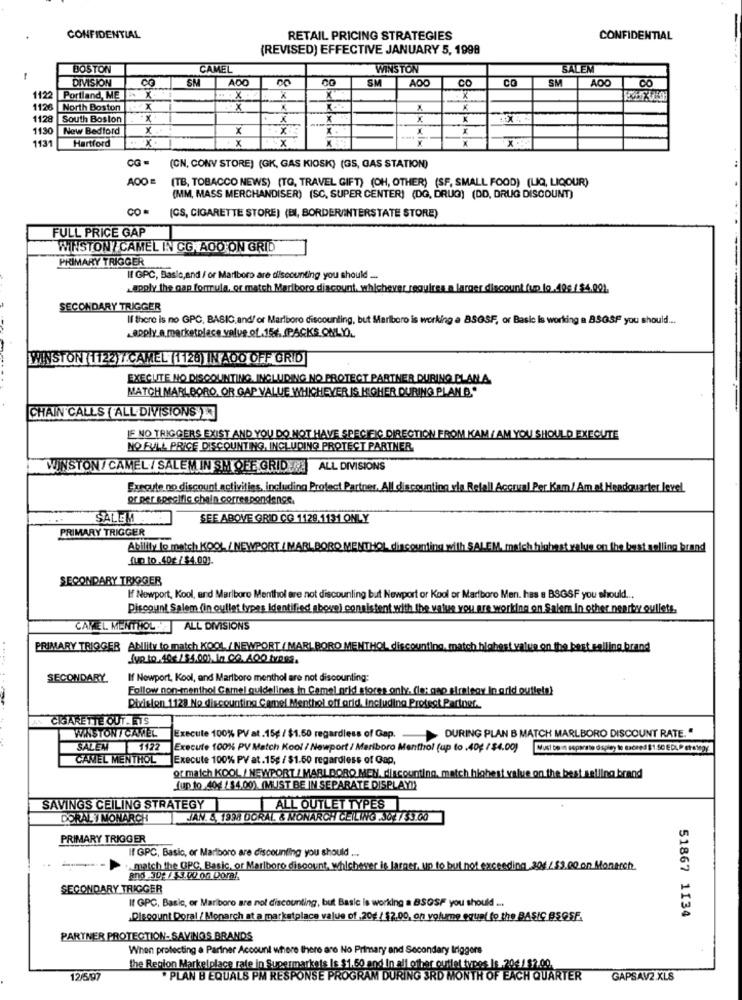
CONFIDENTIAL
RETAIL PRICING STRATEGIES
CONFIDENTIAL
(REVISED) EFFECTIVE JANUARY 5, 1998
BOSTON
CAMEL
WINSTON
SALEM
-
DIVISION
SM
ADO
SM
AOO
CO
SM
AOO
CO
CO
1122
Portland, ME
X
X
1126 North Boston
x
X
X
1128 South Boston
X
K
113
New Bedford
X .
x
1131
Hartford
..
x.
x
x
X
X
OG-
(CN, CONV STORE) (GK, GAS KIOSK) (GS, GAS STATION)
(TB, TOBACCO NEWS) (TO, TRAVEL GIFT) (OH, OTHER) (SF, SMALL FOOD) (LIQ, LIQOUR)
(MM, MASS MERCHANDISER) (SC, SUPER CENTER) (DG, DRUG) (DD, DRUG DISCOUNT)
CO
(CS, CIGARETTE STORE) (BI, BORDER/INTERSTATE STORE)
FULL PRICE GAP
WINSTON / CAMEL IN CG.AOO ON GRID
PRIMARY TRIGGER
II GPC, Basic,and / or Marlboro are discounting you should __.
apply the gap formula, or match Marlboro discount, whichever requires a larger discount (up to.410s / $4.001.
SECONDARY TRIGGER
If there is no GPC, BASIC, and/ or Marlboro discounting, but Marlboro is working a BSGSF, or Basic Is working a 85GSF you should ...
.apply a marketplace valve.of.154. (PACKS.ONLY).
WINSTON (1122)7.CAMEL (1128) IN AOO OFF GRID
EXECUTE NO DISCOUNTING INCLUDING NO PROTECT PARTNER DURING BLANA.
MATCH MARLBORO. OR GAP VALUE WHICHEVER IS HIGHER DURING PLAN D."
CHAIN CALLS ( ALL DIVISIONS )
LE NO TRIGGERS EXIST AND YOU DO NOT HAVE SPECIFIC DIRECTION FROM KAM /AM YOU SHOULD EXECUTE
NO FULL PRICE DISCOUNTING, INCLUDING PROTECT PARTNER.
WINSTON / CAMEL / SALEMIN SH OFF GRID . ALL DIVISIONS
Execute no discount activities, including Protect Partner. All discounting vla Refall Accrual Per Kam/ Am af Headquarter level.
or per specific chain correspondence
SALEM
SEE ABOVE GRID CG 1129.1131 ONLY
PRIMARY TRIGGER
Ability to match KOOL / NEWPORT / MARLBORO MENTHOL cinco
Ive on the best selling brand
fun to.40€ / $4.00).
SECONDARY TRIGGER
If Newport, Kool, and Marlboro Menthol are not discounling but Newport or Kool or Marlboro Men. has a BSGSF you should ...
Discount Salem (in outlet types Identified above) consistent with the value you are working on Salem In other nearty oullets,
CANEL MENTHOL ALL DIVISIONS
PRIMARY TRIGGER Ablity to match KOOL, / NEWPORT / MARLBORO MENTHOL discounting, match hlabest value on the best selling brand
fyn to. 40 1/4.00). I. CO. 400 types.
4 .
SECONDARY.
If Newport, Kool, and Marlboro menthol are not discounting:
Follow non-menthol Camel guidelines in Camel grid stores only. dle: gap strategy In grid outlets)
Division 1129 No discounting Camel Menthol off grid, Including Protect Partner ..
CIGARETTE OUT. ETS
DURING PLAN B MATCH MARLBORO DISCOUNT RATE. "
WINSTON / CAMEL Execute 100% PV at. 15g / $1.50 regardless of Gap.
SALEN 1122
Execute 100% PV Match Kool / Newport / Meriboro Menthol (up to .40€ / $4.00)
CANEL MENTHOL
Execute 100% PV at.15g / $1.50 regardless of Gap,
or match KOOL / NEWPORT / MARLBORO MEN, discounting, match highest value on the best selling brand
fup to 40g / $4.00). (MUST BE IN SEPARATE DISPLAY !!
SAVINGS CEILING STRATEGY
ALL OUTLET TYPES
DORAL I MONARCH
JAN. 5, 1998 DORAL & MONARCH CEILING.JO./$3.00
PRIMARY TRIGGER
If GPC, Basic, or Marlboro are discounting you should ...
match the GPC, Basic, or Marlboro discount, whichever is larger, up to but not exceeding.30€ / $3.00 on Monarch.
and 30€ /$3.00 on Doral.
SECONDARY TRIGGER
If GPC, Basic, or Marlboro are not discounting, but Basic is working a BSGSF you should ...
51867 1134
Discount Doral / Monarch at a marketplace value of ,20€ / $2.00, on volume equal to the BASIC BSOSE
PARTNER PROTECTION-SAVINGS BRANDS
When protecting a Partner Account where there are No Primary and Secondary Iriggers
the Region Marketplace rate in Supermarkets Is $1.60 and In all other outlet types Is .20€/ $2.00.
12/6/97
. PLAN B EQUALS PM RESPONSE PROGRAM DURING 3RD MONTH OF EACH QUARTER
GAPSAV2.XLS